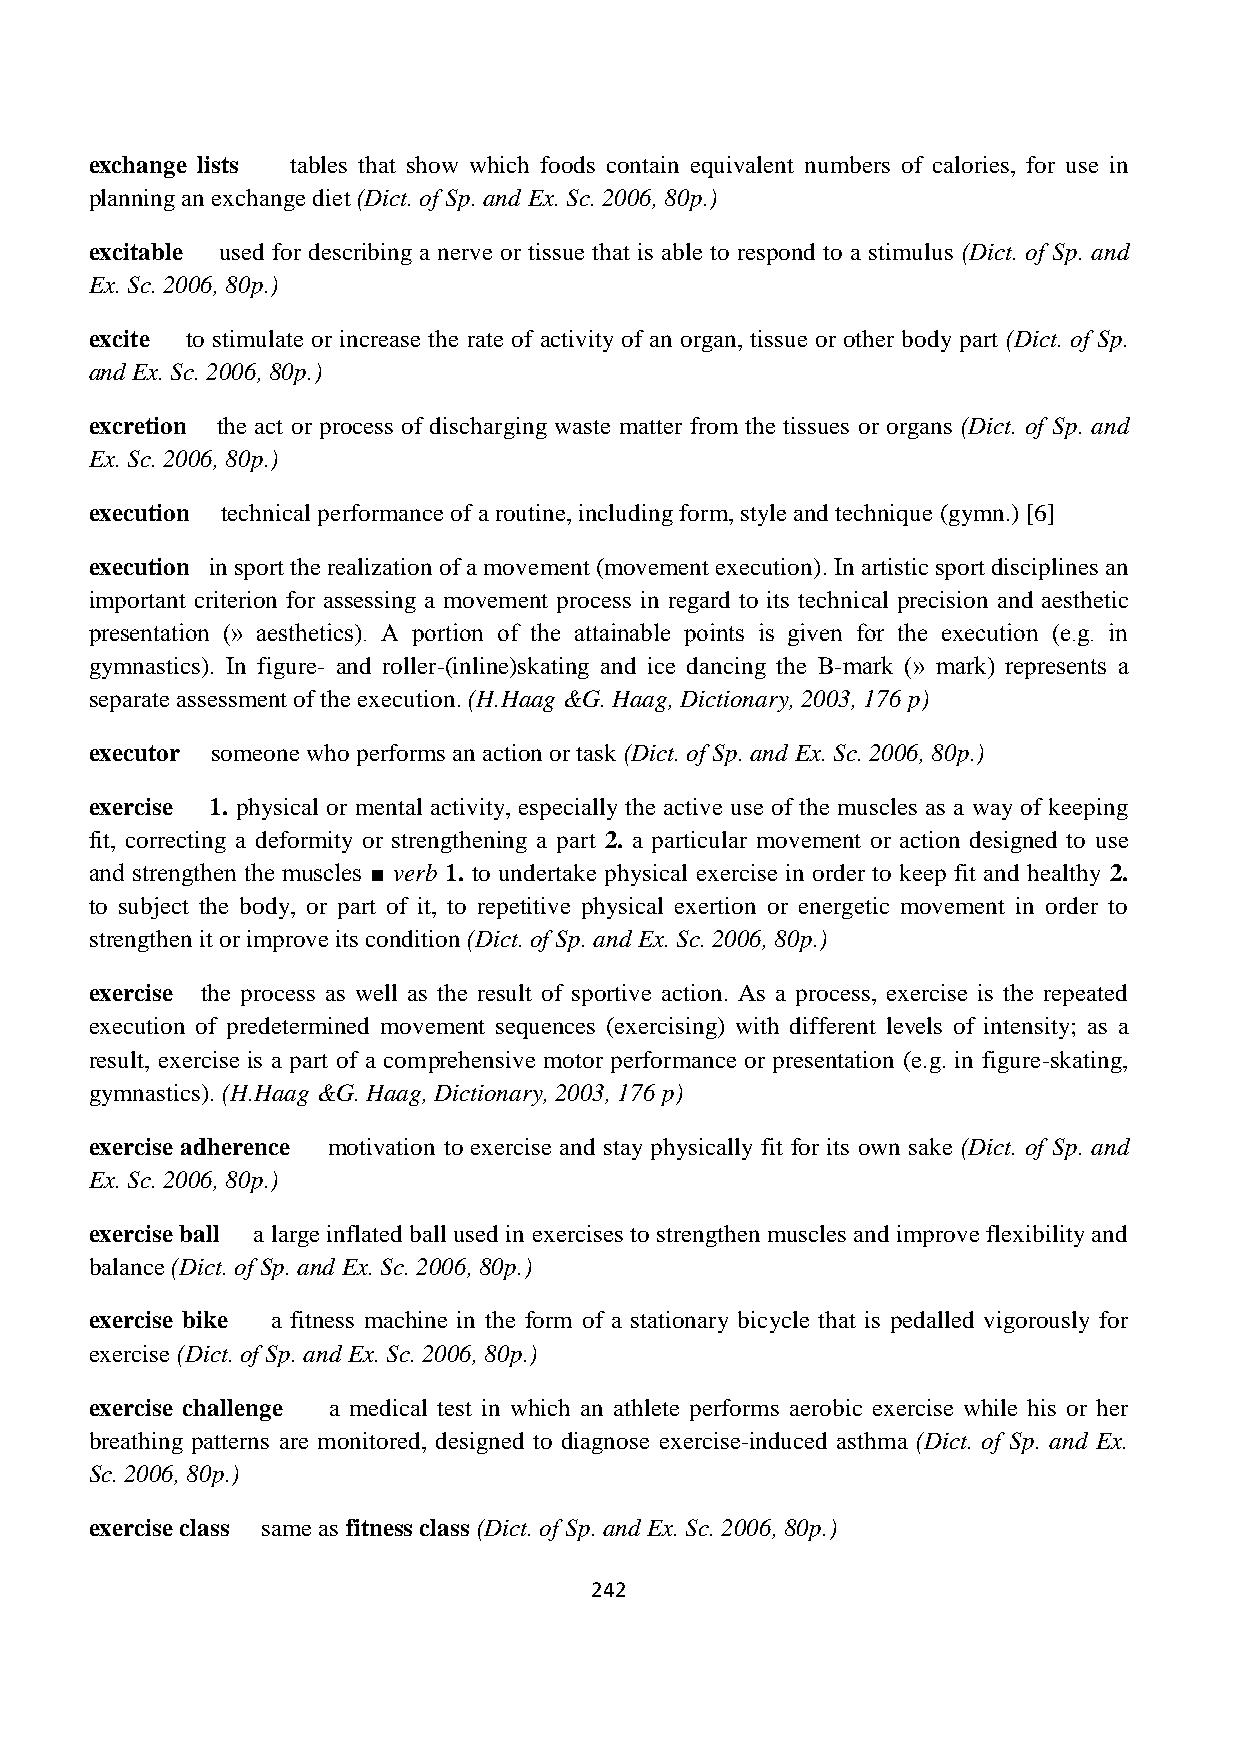
exchange lists tables that show which foods contain equivalent numbers of calories, for use in
 planning an exchange diet (Dict. of Sp. and Ex. Sc. 2006, 80p.)
 excitable used for describing a nerve or tissue that is able to respond to a stimulus (Dict. of Sp. and
 Ex. Sc. 2006, 80p.)
 excite to stimulate or increase the rate of activity of an organ, tissue or other body part (Dict. of Sp.
 and Ex. Sc. 2006, 80p.)
 excretion the act or process of discharging waste matter from the tissues or organs (Dict. of Sp. and
 Ex. Sc. 2006, 80p.)
 execution technical performance of a routine, including form, style and technique (gymn.) [6]
 execution in sport the realization of a movement (movement execution). In artistic sport disciplines an
 important criterion for assessing a movement process in regard to its technical precision and aesthetic
 presentation (» aesthetics). A portion of the attainable points is given for the execution (e.g. in
 gymnastics). In figure- and roller-(inline)skating and ice dancing the B-mark (» mark) represents a
 separate assessment of the execution. (H.Haag &G. Haag, Dictionary, 2003, 176 p)
 executor someone who performs an action or task (Dict. of Sp. and Ex. Sc. 2006, 80p.)
 exercise 1. physical or mental activity, especially the active use of the muscles as a way of keeping
 fit, correcting a deformity or strengthening a part 2. a particular movement or action designed to use
 and strengthen the muscles ■ verb 1. to undertake physical exercise in order to keep fit and healthy 2.
 to subject the body, or part of it, to repetitive physical exertion or energetic movement in order to
 strengthen it or improve its condition (Dict. of Sp. and Ex. Sc. 2006, 80p.)
 exercise the process as well as the result of sportive action. As a process, exercise is the repeated
 execution of predetermined movement sequences (exercising) with different levels of intensity; as a
 result, exercise is a part of a comprehensive motor performance or presentation (e.g. in figure-skating,
 gymnastics). (H.Haag &G. Haag, Dictionary, 2003, 176 p)
 exercise adherence motivation to exercise and stay physically fit for its own sake (Dict. of Sp. and
 Ex. Sc. 2006, 80p.)
 exercise ball a large inflated ball used in exercises to strengthen muscles and improve flexibility and
 balance (Dict. of Sp. and Ex. Sc. 2006, 80p.)
 exercise bike a fitness machine in the form of a stationary bicycle that is pedalled vigorously for
 exercise (Dict. of Sp. and Ex. Sc. 2006, 80p.)
 exercise challenge a medical test in which an athlete performs aerobic exercise while his or her
 breathing patterns are monitored, designed to diagnose exercise-induced asthma (Dict. of Sp. and Ex.
 Sc. 2006, 80p.)
 exercise class same as fitness class (Dict. of Sp. and Ex. Sc. 2006, 80p.)
 242